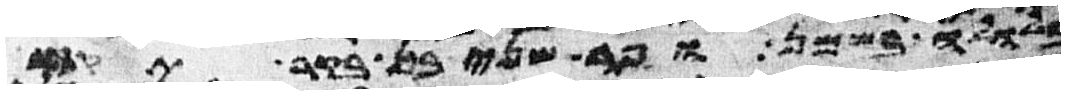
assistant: בלולה בשמן ופר שני בן בקר תקח